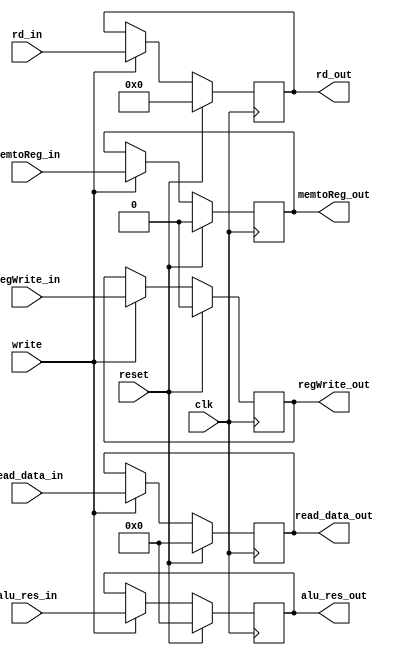
module MEM_WB_reg(input clk, reset, write,
                  input [31:0] read_data_in, alu_res_in,
                  input [4:0] rd_in,
                  input memtoReg_in, regWrite_in,
                  output reg [31:0] read_data_out, alu_res_out,
                  output reg [4:0] rd_out,
                  output reg memtoReg_out, regWrite_out);
                  
always@(posedge clk) begin
    if(reset) begin
        read_data_out <= 0;
        alu_res_out <= 0;
        rd_out <= 0;
        memtoReg_out <= 0;
        regWrite_out <= 0;
    end
    else begin
        if(write) begin
            read_data_out <= read_data_in;
            alu_res_out <= alu_res_in;
            rd_out <= rd_in;
            memtoReg_out <= memtoReg_in;
            regWrite_out <= regWrite_in;
        end
    end
end
                  
endmodule